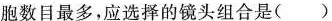
胞数目最多，应选择的镜头组合是()